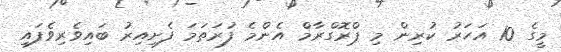
މީގެ 10 އަހަރު ކުރިން މި ޕްރޮގްރާމް އެންމެ ފުރަތަމަ ފެށިއިރު ބައިވެރިވެފައި